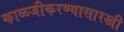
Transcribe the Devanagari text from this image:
काळजीकरण्यासारखी